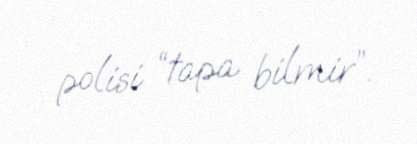
polisi “tapa bilmir”.